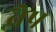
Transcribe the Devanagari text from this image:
व्रैप